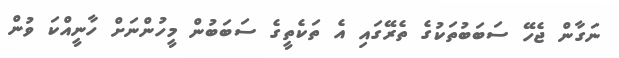
ނަގާން ޖެހޭ ސަބަބުތަކުގެ ތެރޭގައި އެ ތަކެތީގެ ސަބަބުން މީހުންނަށް ހާނީއްކަ ވުން